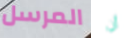
المرسل أن